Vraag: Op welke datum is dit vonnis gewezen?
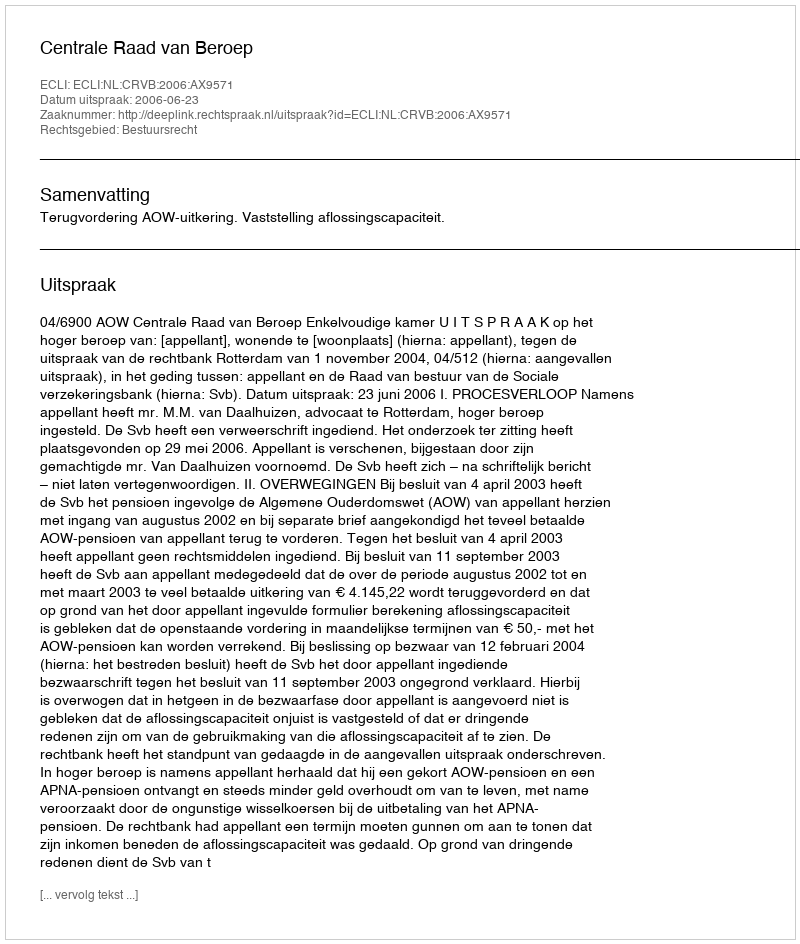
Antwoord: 2006-06-23